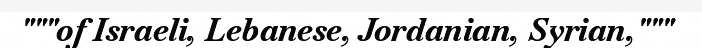
"""of Israeli, Lebanese, Jordanian, Syrian,"""